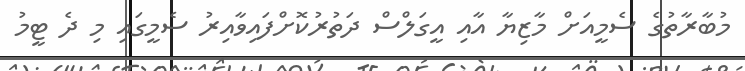
މުބާރާތުގެ ސެމީއަށް މާޒިޔާ އާއި އީގަލްސް ދަތުރުކޮށްފައިވާއިރު ސެމީގައި މި ދެ ޓީމު